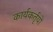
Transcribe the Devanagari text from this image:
कार्यकर्तृयों